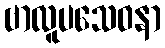
ဗာလူပသေဝနာ